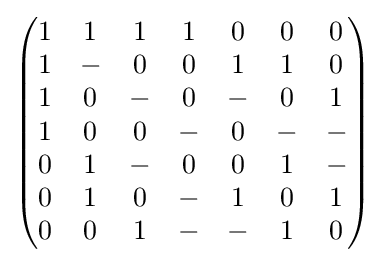
{\begin{pmatrix}1&1&1&1&0&0&0\\1&-&0&0&1&1&0\\1&0&-&0&-&0&1\\1&0&0&-&0&-&-\\0&1&-&0&0&1&-\\0&1&0&-&1&0&1\\0&0&1&-&-&1&0\end{pmatrix}}